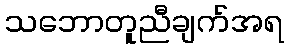
သဘောတူညီချက်အရ